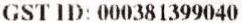
GST ID: 000381399040